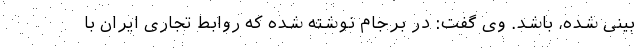
بینی شده، باشد. وی گفت: در برجام نوشته شده که روابط تجاری ایران با